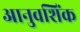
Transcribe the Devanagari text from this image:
आनुवशिंक